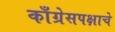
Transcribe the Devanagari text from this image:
काँग्रेसपक्षाचे